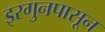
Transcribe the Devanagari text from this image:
इरगुनपासून